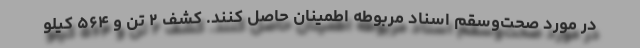
در مورد صحت‌وسقم اسناد مربوطه اطمینان حاصل کنند. کشف ۲ تن و ۵۶۴ کیلو